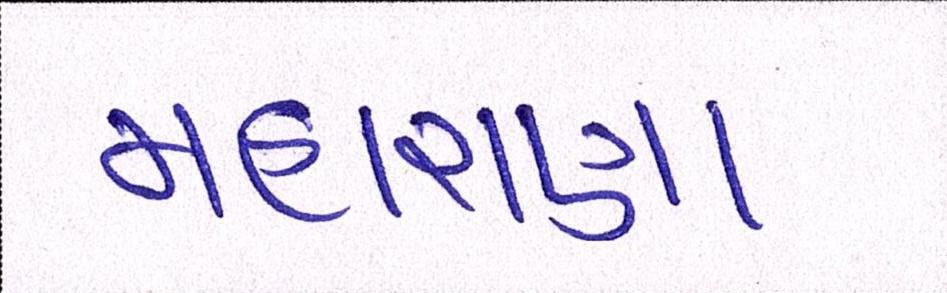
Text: મહારાણા